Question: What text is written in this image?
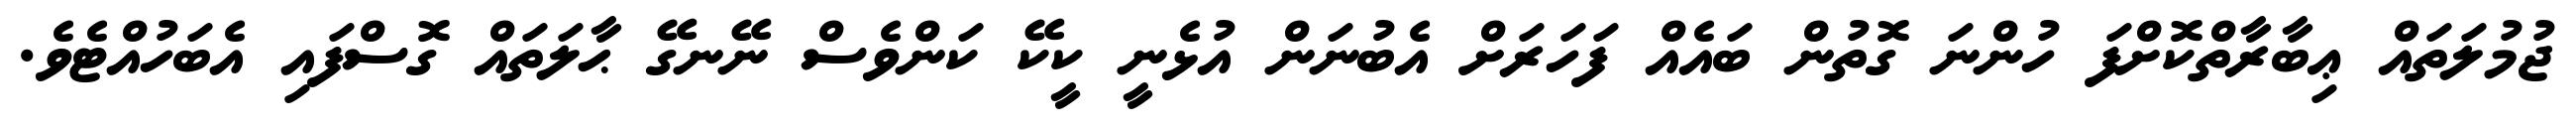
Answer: ޖުމުލަތައް ޢިބާރާތްކޮށްފަ ހުންނަ ގޮތުން ބައެއް ފަހަރަށް އެބުނަން އުޅެނީ ކީކޭ ކަންވެސް ނޭނގޭ ޙާލަތައް ގޮސްފައި އެބަހުއްޓެވެ.